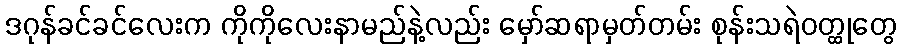
ဒဂုန်ခင်ခင်လေးက ကိုကိုလေးနာမည်နဲ့လည်း မှော်ဆရာမှတ်တမ်း စုန်းသရဲဝတ္ထုတွေ